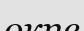
окпе